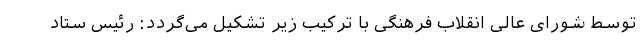
توسط شورای عالی انقلاب فرهنگی با ترکیب زیر تشکیل می‌گردد: رئیس ستاد